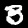
Digit: 3